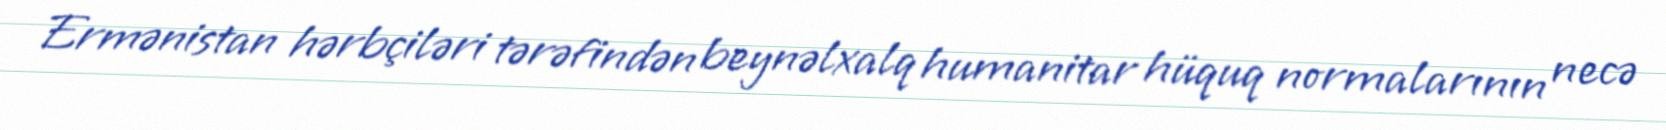
Ermənistan hərbçiləri tərəfindən beynəlxalq humanitar hüquq normalarının necə